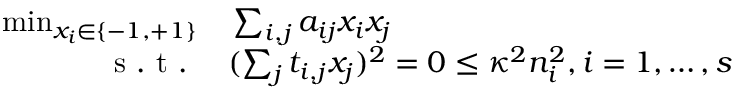
\begin{array} { r l } { \operatorname* { m i n } _ { x _ { i } \in \{ - 1 , + 1 \} } } & { { } \sum _ { i , j } a _ { i j } x _ { i } x _ { j } } \\ { \mathrm { ~ s ~ . ~ t ~ . ~ } } & { { } ( \sum _ { j } t _ { i , j } x _ { j } ) ^ { 2 } = 0 \leq \kappa ^ { 2 } n _ { i } ^ { 2 } , i = 1 , \ldots , s } \end{array}